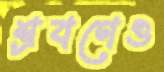
শ্রবণেও